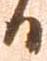
日